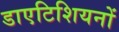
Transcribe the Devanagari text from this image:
डाएटिशियनों